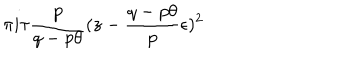
\pi i \tau \frac { p } { q - p \theta } ( z - \frac { q - p \theta } { p } \epsilon ) ^ { 2 }